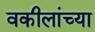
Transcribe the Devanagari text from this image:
वकीलांच्या